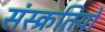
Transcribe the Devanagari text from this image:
संस्क्रतियों